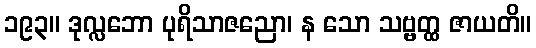
၁၉၃။ ဒုလ္လဘော ပုရိသာဇညော၊ န သော သဗ္ဗတ္ထ ဇာယတိ။